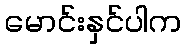
မောင်းနှင်ပါက